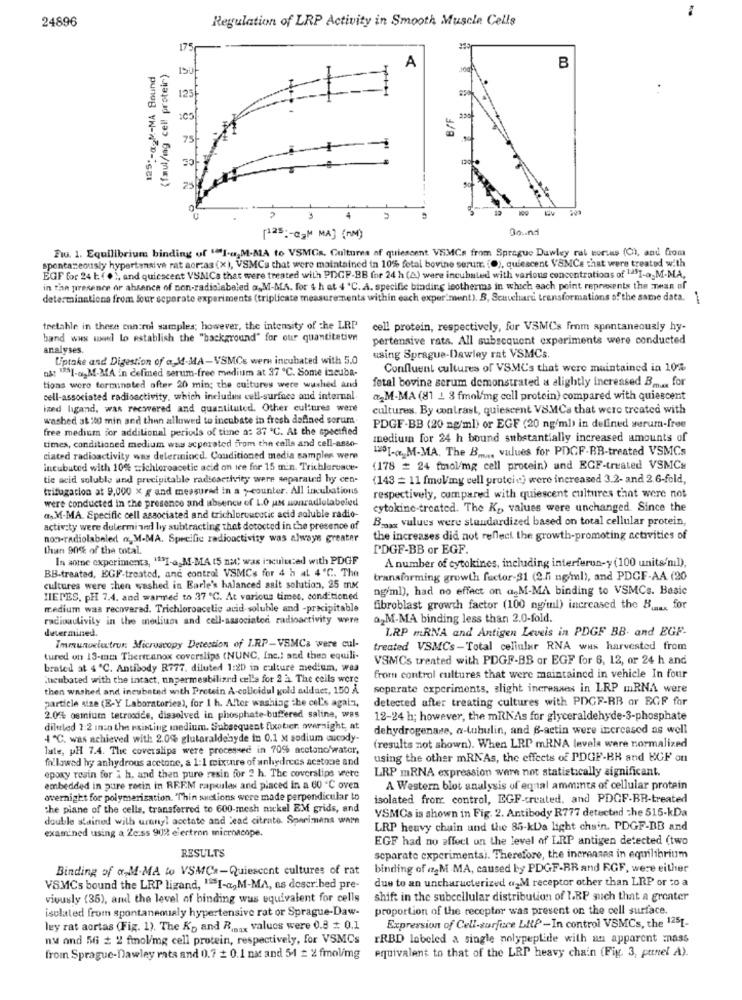
24896
Regulation of LRP Activity in Smooth Muscle Cells
75
125 :- @2M-MA Sound
(faul/mg cell protein)
A
B
125
B/F
25
100
30 .. nd
[125 :- C2M MA] (MM)
Fw. 1. Equilibrium binding of "1-a,M-MA to VSMGs. Cultures of quiescent VSMCs from Sprague Duwley ral torias (C), and from
spontaneously hypertensive rat aorcas (x), VSMCs that were maintained in 10% fetal bovine serum. (O), quiescent VSMCs that were treated with
EGF for 24 b. ( . ), and quiescent VSMCs that were treated with PDGF-BB for 24 h (A) were incubated with various concentrations of SI-a-M-MA,
in the presence or absence of non-radiolabeled a.M-MA. for $ h at 4 'C. A. specific binding leotherms in which each point represents the man of
determinationa from Jour scporate experiments (triplicate measurements within each experiment). B, Seauchard transformations of the same data.
-
thetable in these control samples; however, the intensity of the LRP
cell protein, respectively, for VSMCs from spontaneously hy-
band was weed to establish the "background" for our quantitative
pertensive rats. All subsequent experiments were conducted
analyses.
Uptake and Digestion of a M-MA-VSMCs wern incubated with 5.0
using Sprague-Dawley rat VSMCs
as: 125]-a-M-MA in defined serum-free medium at 37 ℃. Some incuba-
Confluent cultures of VSMC's that were maintained in 10%
fetal bovine serum demonstrated a alightly increased Bm .. for
tions were terminated after 20 min; the cultures were washed and
cell-associated radioactivity, which includes cell-surface and internal.
&M-MA (81 1 3 fmol/mg cell protein) compared with quiescent
ized higand, was recwered and quantituted. Other cultures were
cultures. By contrast, quiescent VSMCa that were treated with
washed at 20 min and then allowed to incubate in fresh defined sorum.
free medium for additional periods of time a: 37 "℃. At the specified
PDGF-BB (20 ng/ml) or EGF (20 ng/ml) in delined serum-free
medium for 24 h bound substantially increased amounts of
times, conditioned medium was scperated from the enlla and cell-asso-
1251-@ M-MA. The B ..... values for PDCF-BB-treated VSMCs
ciated radioactivity way delerinincd. Conditioned media samples were
incubated with 10% =ichloroacetic acid on ice for 15 min. Trichlorvace-
(178 # 24 fmol/mg cell protein) und EGF-treated VSMCs
tic acid soluble and precipitable radioactivity were separated hy cen-
(143 = 11 fmol/my cell grotcie) were increased 3.2- and 2.6-fold,
trifugation at 9,000 x g and measured in a >-counter. All incubations
were conducted in the presence and absence of LO ux sonradiolabeled
respectively, compared with quiescent cultures that were not
cytokine-treated. The K>> values were unchanged. Since the
a.M.MA. Epecific cell associated and trichloroacetic acid soluble radio-
Bygg values were standardized based on total cellular protein,
activ:ty were dulermi und liy subtracting that dotocted in the presence of
non-radiolabeled n. M-MA. Specific radioactivity was always greater
the increases did not reflect the growth-promoting activities of
than 90% of the total.
PDGF-BB or EGF.
In aomne experiments, ""I-a_M-MA (5 nac was i-kulu:ed with PDGF
A number of cytokines, including interferon-y (100 units'nıl),
BB-treated, EGF-treated, and control VSMCs for 4 h at 4'℃. The
transforming growth factor-31 (2.5i ng/ml), and PDGF-AA (20
cultures were then washed in Earle's halanced salt solution, 25 mm
ng/ml), had no effect on a-M-MA binding to VSMCs. Basic
HIERES. pH 7.4. and warmed to 37 ℃. At various times, conditioned
medium waa recovered. Trichloroacetic acid- soluble and -precipitable
fibroblast growth factor (100 ng/ml) increased the Bu .. for
radioactivity in the medium and cell-associated radioactivity were
a2M-MA binding less than 2.0-fold.
determined.
LRP mRNA and Antigen Leveis in PDGF BB. and EGF-
Immunuelutrus: Microscopy Detection of I.RP-VSMCs were cul-
treated VSMCs-Total cellular RNA was harvested from
tured on 13-mm Thermanox coverslips (NUNC, Inc .; and thea equili-
VSMCs treated with PDGF-BB or EGF for 6, 12, or 24 h and
brated at 4 ℃. Antibody R777. diluted 1:20 in culture medium, was
incubated with the intact, unpermeabilized cel's for 2 à The cells were
from control cultures that were maintained in vehicle In four
then washed and incubated with Protein A-collcidul gold adduct, 150 A
seperate experiments, slight increases in LRP mRNA were
detected after treating cultures with PDGF-RB ar ECF for
particle size (E-Y Laboratories), for 1 h. After washing the cel's agat-1,
2.0% osmium tetroodice, dissolved in phosphate-buffered saline, was
12-24 h; however, the mRNAs for glyceraldehyde-3-phosphate
diluted 2:2 inin the existing medium. Subsequent fixatier. owrnight, at
dehydrogenase, a-tubulin, and B-actin were increased as well
4 ℃. was achieved with 2.0% glutaraldehyde in 0.1 x sodium cucody-
late, pH 7.4. The coverslipa were processed in 70% acctonc/water,
(results not shown). When LRP mRNA levela were normalized
followed by anhydrous acetone, a 1:1 mixture of anhydrees acstone and
using the other mRNAs, the effects of PDGF-BK and HGF on
epoxy resin for i h, and then pure resin for 2 h. The coverslips were
LRP mRNA expression were not statistically significant.
embedded in pure rocin in REF.M rapculas and placed in a 60 ℃ oven
A Western blot analysis of equal ammits of cellular protein
overnight for polymerization. Thin sections were made perpendicular to
isolated from control, EGF-created, and PDCF-BR-treated
the plane of the cells, transferred to 600-mesh nickel EM grids, and
VSMCs is shown in Fig. 2. Antibody R777 detected che 515-kDa
double stained with urany! acctate and Lead citrate. Sperimens warn
examined using a Zess 90% electron microscope.
LRP heavy chain und the 85-kDa light chain. PDGF-BB and
EGF had no effect on the level of LRP antigen detected (two
RESULTS
separate experimentsi. Therefore, the increases in equilibrium
Binding of a-M-MA to VSMCs-Quiescent cultures of rat
binding of iz2M MA, caused by PDGF-RR and RGF, were either
due to an uncharacterized a2M receptor other than LRP or to a
VSMCs bound the LRP ligand, "I-a,M-MA, as described pre-
vivusly (35), and the level of binding was equivalent for cells
shift in the subcellular distribution of LRP such that a greater
isolated from spontaneously hypertensive rat or Sprague-Daw-
proportion of the receptor was present on the cell surface.
ley rat aortas (Fig. 1). The Kp and Rimax values were 0.8 # 0.1
Expression of Cell-surfuce LIP -In control VSMCs, the 1251.
nu and Si # 2 fiol/mg cell protein, respectively, for VSMCs
ERBD labeled a single polypeptide with an apparent mass
from Sprague-Dawley rats and 0.7 + 0.1 nat and 54 = 2 fmolimg
equivalent to that of the LRP heavy chain (Fig. 3, punel A).